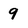
Character: 9